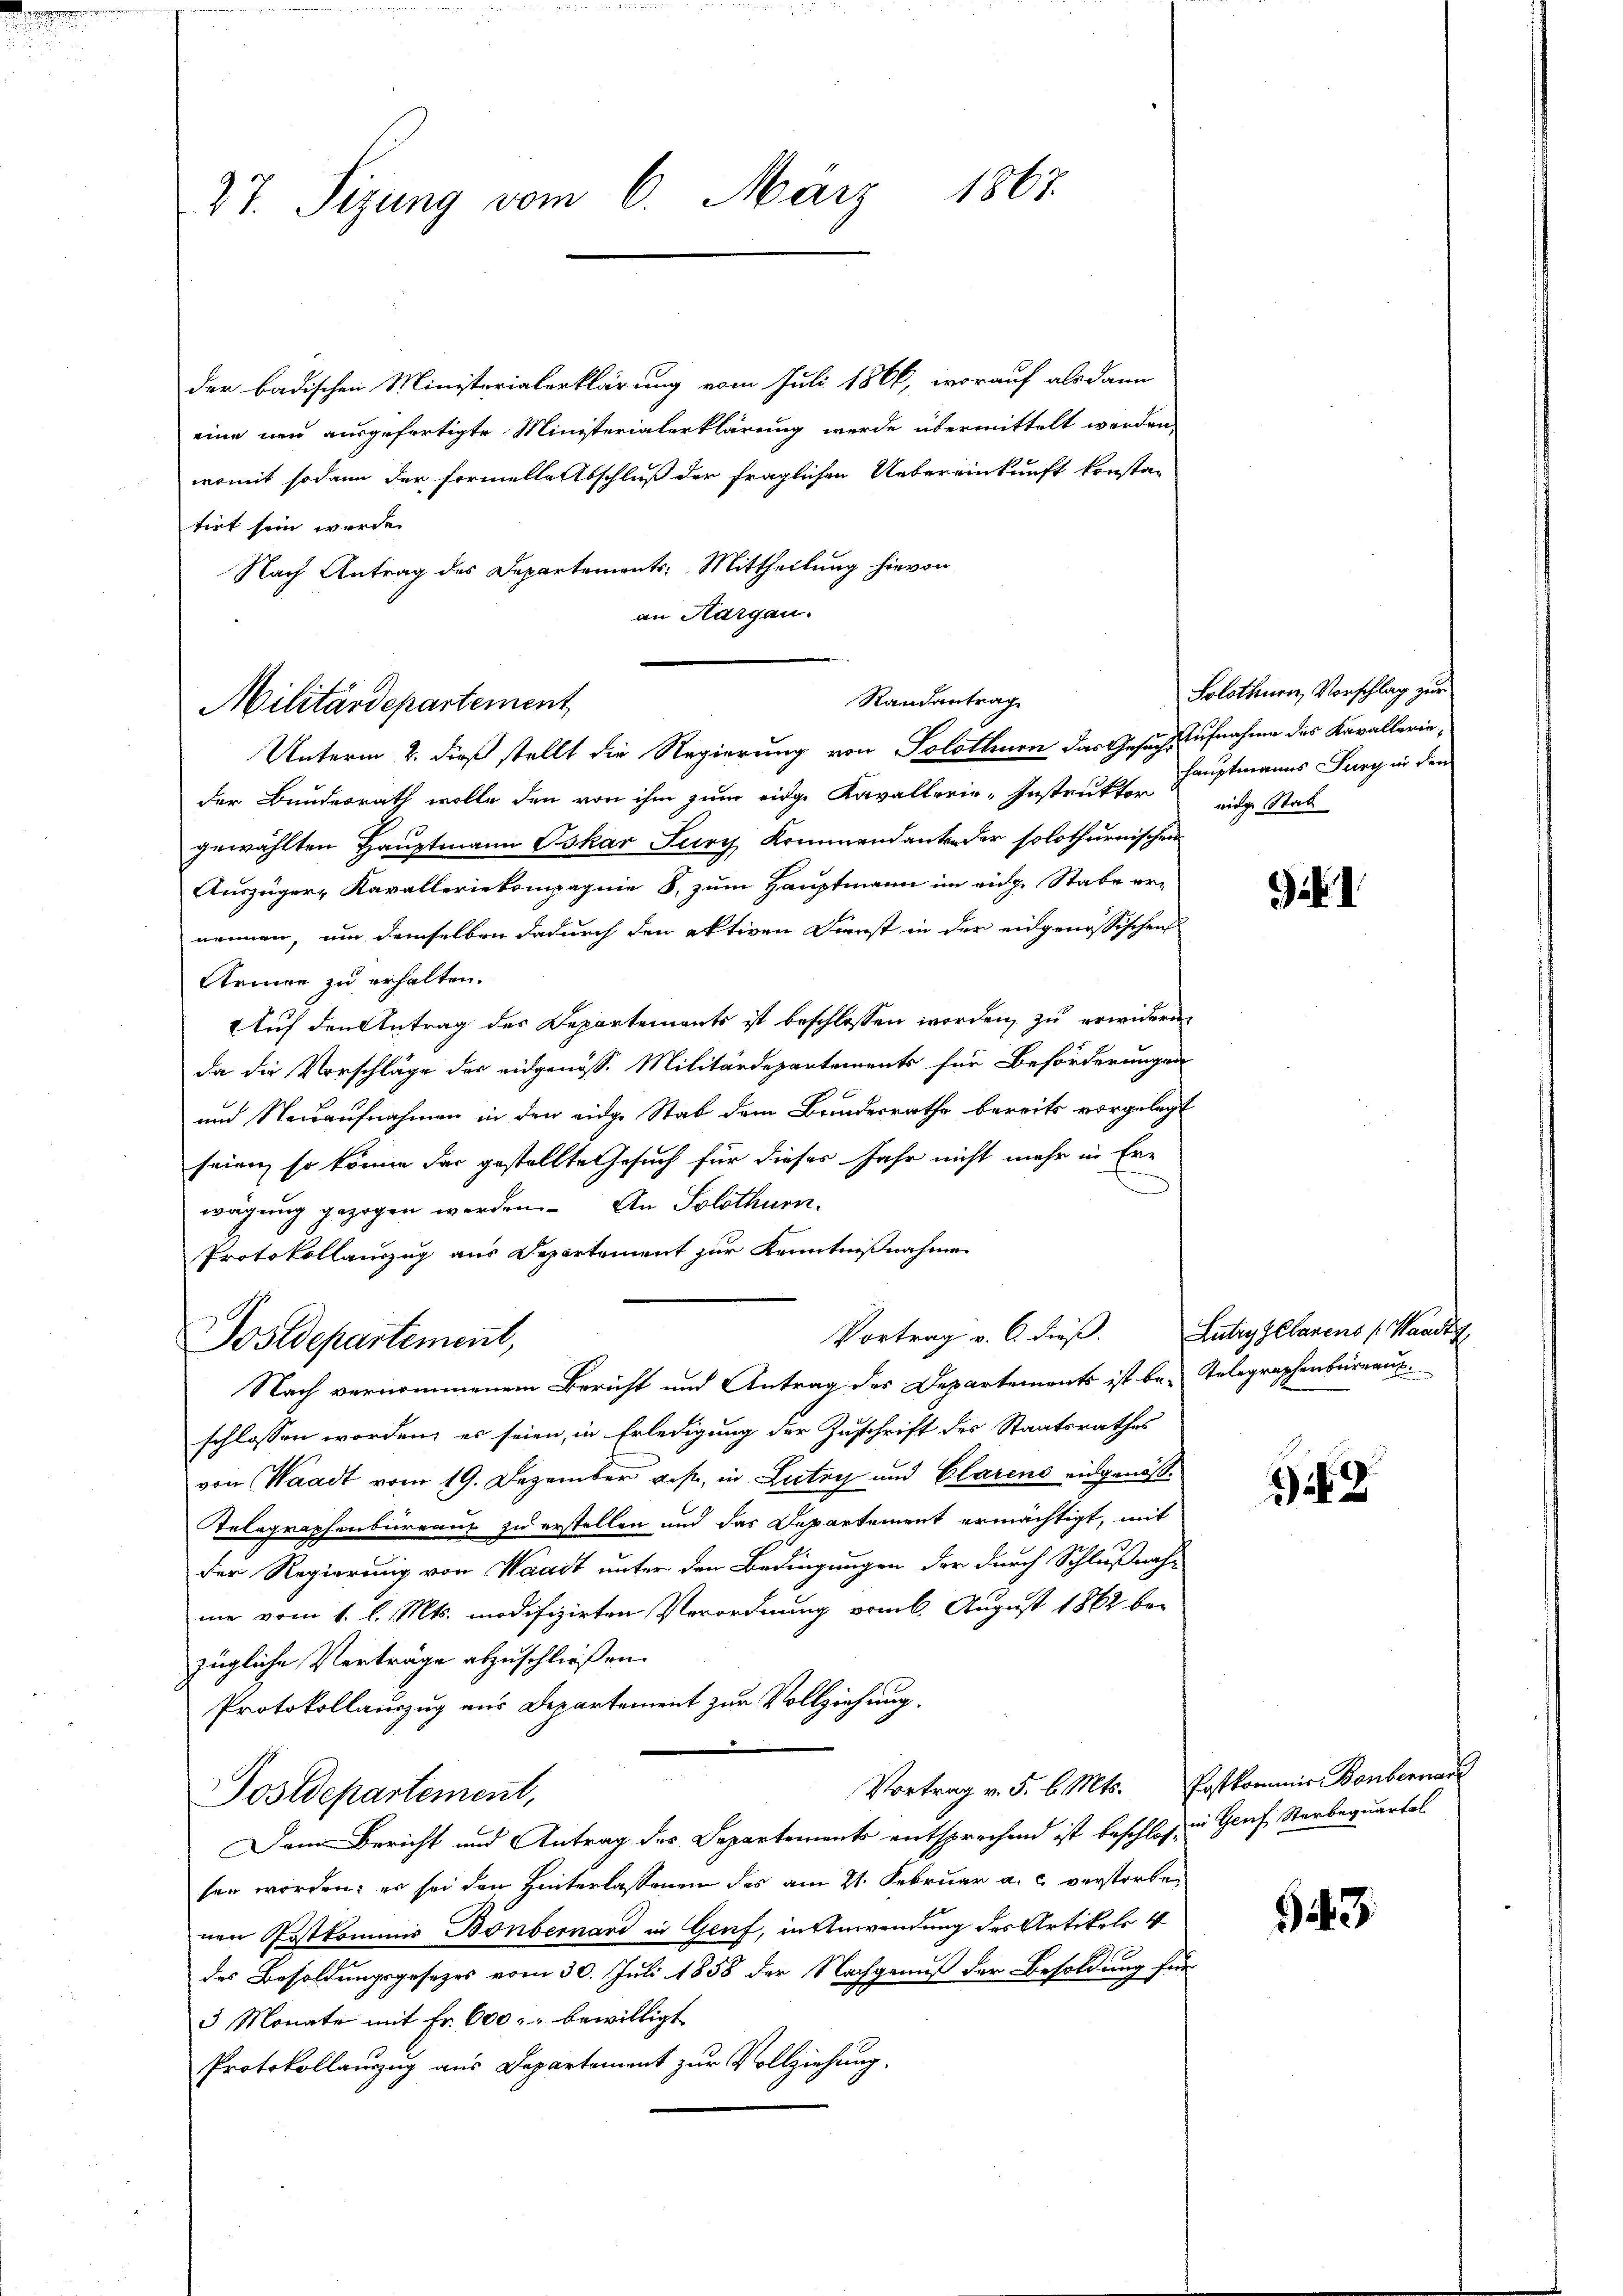
27. Sizung vom 6. März 1867.

der badischen Ministerialerklärung vom Juli 1866, worauf als dann
eine neu ausgefertigte Ministerialerklärung werde übermittelt werden,
womit sodann der Formelle Abschluß der fraglichen Uebereinkunft konstan
tirt sein wurde.
Nach Antrag des Departements Mittheilung hievon
an Kargau.

Randantrag
Militärdepartement
Unterm 2. dieß stellt die Regierung von Solothur das Gesuchs Aufnahme des Kavallerie¬

Postdepartement,

der Bundesrath wolle den von ihm zum eidge Kavallerie-Instruktor der Stab
gewählten Hauptmann Oskar Jury Kommandanten der solothurnischen
Auszüger Kavalleriekompagnie 8, zum Hauptmann im eidg. Stabe ernennen, um demselben dadurch den aktiven Dienst in der eidgenössischen
Armen zu erhalten.
Auf den Antrag des Departements ist beschlossen worden, zu erwidere
da die Vorschläge der eidgenöss. Militärdepartements für Beförderungen
und Neuaufnahmen in den eidge Stab dem Bundesrathe bereits vorgelegt
seien, so könne der gestellte Gesuch für dieses Jahr nicht mehr in Er-
wägung gezogen werden. An Solothurn.
Protokollauszug aus Departement zur Kenntnißnahme
Vortrag v. 6. dieß.
Nach vernommenem Bericht und Antrag der Departements ist be- Telegraphenbüreaus
schlossen worden, es seien, in Erledigung der Zuschrift des Staatsrathes
von Waadt vom 19. Dezember aus, in Lutry und Clarens eingenöß¬
Telegraphenbureaus zu erstellen und das Departement ermächtigt, mit
Der Regierung von Waadt unter den Bedingungen der durch Schlußnahme vom 1. l. Mts. modifizirten Verordnung vom 6. August 1862 bei
zügliche Verträge abzuschließen.
Protokollauszug aus Departement zur Vollziehung.
Vortrag v. 5. b. Mts. Postkommir Bonbernar
Postdepartement,
Dem Bericht und Antrag des Departements entsprechend ist beschloßen Graf Sterbequartal
sen worden; er sei den Hinterlassenen des am 21. Februar a. c. verstorbenen Postkommis Bonbernard in Genf, in Anwendung des Artikels
des Besoldungsgesezes vom 30. Juli 1858 der Nachgenuß der Besoldung für
3 Monate mit Fr. 600 bewilligt
Protokollauzug aus Departement zur Vollziehung.

Solothurn, Vorschlag zur
hauptmanns Jury in dem

) I

Lutry Gebarens (Waadt

2

543.